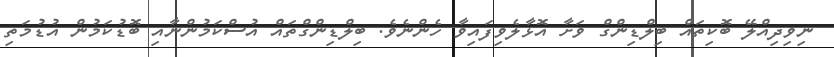
ނިވިދިއްލޭ ބޮކިތައް ބިލްޑިންގް ވަށާ އޮޅާލެވިފައިވާ ހެންނެވެ. ބިލްޑިންގްތައް އުސްކަމުންނާއި ބޮޑުކަމުން އުޑުމަތި